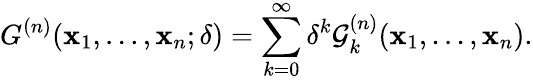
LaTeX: G^{(n)}(\mathbf{x}_{1},...,\mathbf{x}_{n};\delta)=\sum_{k=0}^{\infty}\delta^{k}\mathcal{G}_{k}^{(n)}(\mathbf{x}_{1},...,\mathbf{x}_{n}).